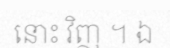
នោះ វិញ ។ ឯ